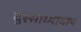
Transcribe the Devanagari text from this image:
दुस्साध्यादाय